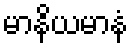
မာနိယမာနံ